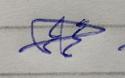
Signature authenticity: genuine